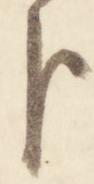
臣